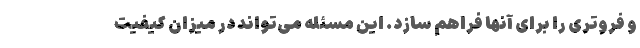
و فروتری را برای آنها فراهم سازد. این مسئله می‌تواند در میزان کیفیت